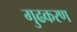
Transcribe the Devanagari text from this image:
गुढकरण